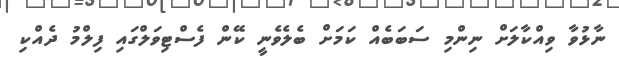
ނާޅުވާ ވިއްކާލަށް ނިންމި ސަބަބެއް ކަމަށް ބެލެވެނީ ކޭން ފެސްޓިވަލްގައި ފިލްމު ދެއްކި